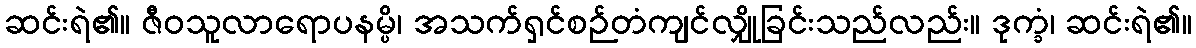
ဆင်းရဲ၏။ ဇီဝသူလာရောပနမ္ပိ၊ အသက်ရှင်စဉ်တံကျင်လျှိုခြင်းသည်လည်း။ ဒုက္ခံ၊ ဆင်းရဲ၏။